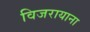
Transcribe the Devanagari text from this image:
विजरायाना